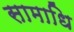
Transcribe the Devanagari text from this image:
सामाधि